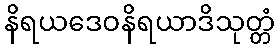
နိရယဒေဝနိရယာဒိသုတ္တံ